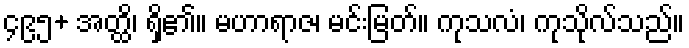
၄၉၅+ အတ္ထိ၊ ရှိ၏။ မဟာရာဇ၊ မင်းမြတ်။ ကုသလံ၊ ကုသိုလ်သည်။